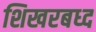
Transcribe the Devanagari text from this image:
शिखरबध्द